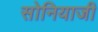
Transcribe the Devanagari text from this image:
सोनियाजी